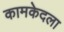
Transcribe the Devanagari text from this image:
कामकेदला